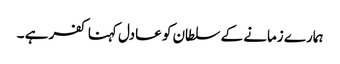
ہمارے زمانے کے سلطان کو عادل کہنا کفر ہے ۔